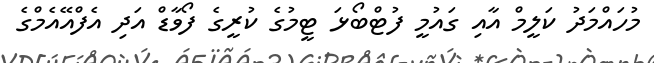
މުހައްމަދު ކަލީމް އާއި ގައުމީ ފުޓްބޯޅަ ޓީމުގެ ކުރީގެ ފޯވާޑް އަދި އެފްއޭއެމްގެ